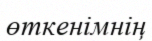
өткенімнің